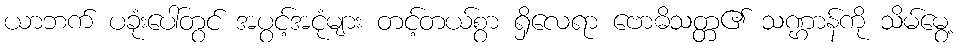
ယာဘက် ပခုံးပေါ်တွင် အပွင့်အငုံများ တင့်တယ်စွာ ရှိလေရာ ဗောဓိသတ္တ၏ သဏ္ဌာန်ကို သိမ်မွေ့